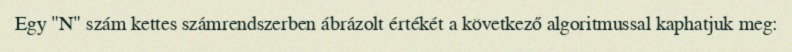
Egy "N" szám kettes számrendszerben ábrázolt értékét a következő algoritmussal kaphatjuk meg: